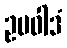
ဥပဝါဒံ